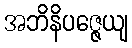
အဘိနိပဇ္ဇေယျ